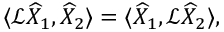
\langle \mathcal { L } \widehat { X } _ { 1 } , \widehat { X } _ { 2 } \rangle = \langle \widehat { X } _ { 1 } , \mathcal { L } \widehat { X } _ { 2 } \rangle ,